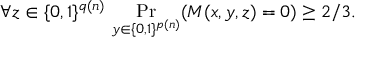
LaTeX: \forall z \in \{ 0 , 1 \} ^ { q ( n ) } \, \Pr _ { y \in \{ 0 , 1 \} ^ { p ( n ) } } ( M ( x , y , z ) = 0 ) \geq 2 / 3 .